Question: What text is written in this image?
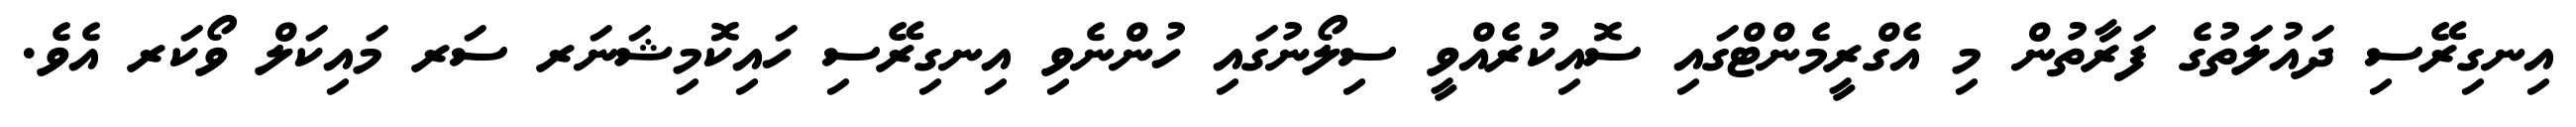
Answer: އިނގިރޭސި ދައުލަތުގެ ފަރާތުން މި އެގްރީމެންޓްގައި ސޮއިކުރެއްވީ ސިލޯނުގައި ހުންނެވި އިނގިރޭސި ހައިކޮމިޝަނަރ ސަރ މައިކަލް ވޯކަރ އެވެ.